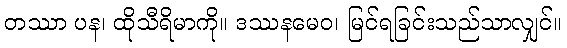
တဿာ ပန၊ ထိုသီရိမာကို။ ဒဿနမေဝ၊ မြင်ရခြင်းသည်သာလျှင်။